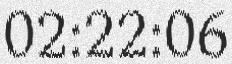
02:22:06